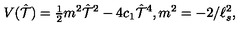
V ( \hat { \cal T } ) = { \textstyle \frac { 1 } { 2 } } m ^ { 2 } \hat { \cal T } ^ { 2 } - 4 c _ { 1 } \hat { \cal T } ^ { 4 } , m ^ { 2 } = - 2 / \ell _ { s } ^ { 2 } ,